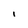
Character: i